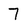
Character: 7